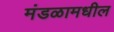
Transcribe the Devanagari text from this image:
मंडळामधील